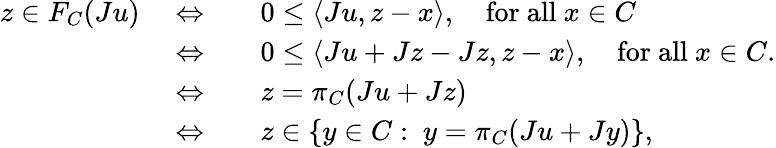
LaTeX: \begin{array}{rl}{z\in F_{C}(Ju)\quad\Leftrightarrow\quad}&{0\leq\langle Ju,z-x\rangle,\quad\mathrm{for~all}\ x\in C}\\ {\quad\Leftrightarrow\quad}&{0\leq\langle Ju+Jz-Jz,z-x\rangle,\quad\mathrm{for~all}\ x\in C.}\\ {\quad\Leftrightarrow\quad}&{z=\pi_{C}(Ju+Jz)}\\ {\quad\Leftrightarrow\quad}&{z\in\{ y\in C:\ y=\pi_{C}(Ju+Jy)\} ,}\end{array}